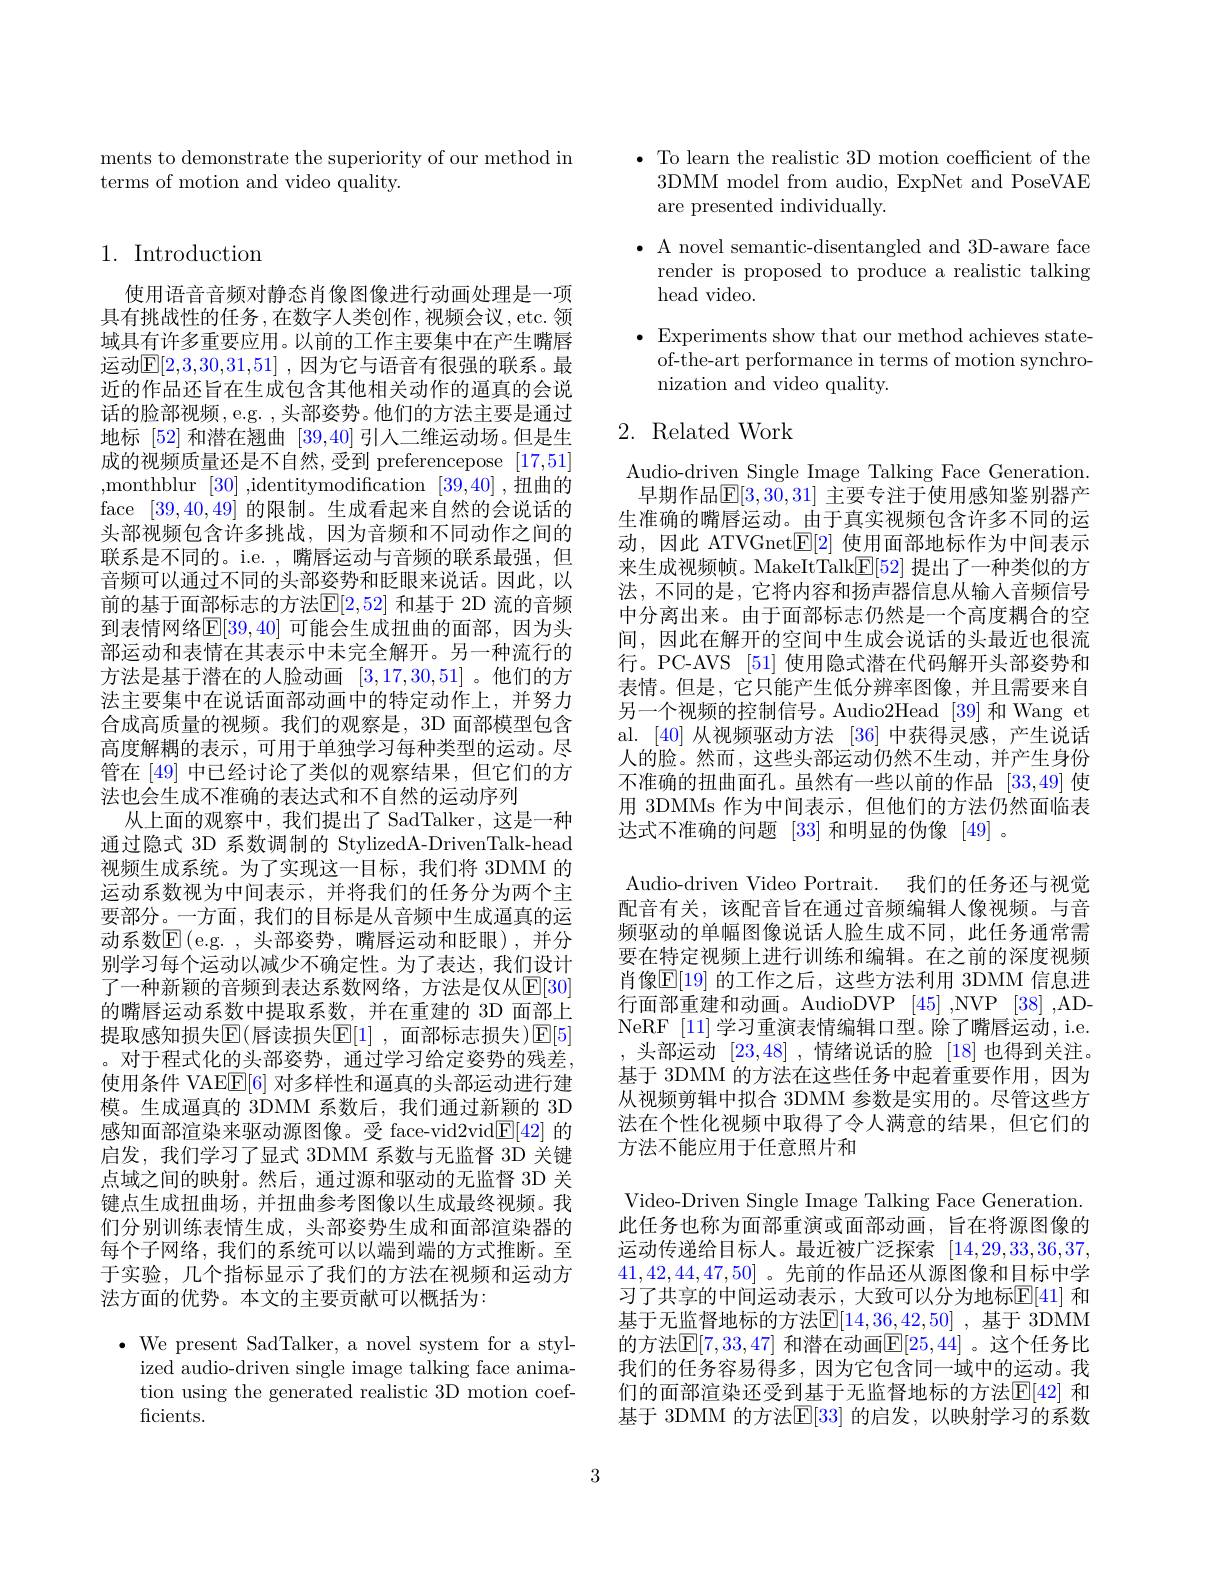
ments to demonstrate the superiority of our method in
terms of motion and video quality.

# 1. Introduction

使用语音音频对静态肖像图像进行动画处理是一项具有挑战性的任务，在数字人类创作，视频会议，etc.领域具有许多重要应用。以前的工作主要集中在产生嘴唇运动$\mathbb{E}[2,3,30,31,51]$ ,因为它与语音有很强的联系。最近的作品还旨在生成包含其他相关动作的逼真的会说话的脸部视频，e.g. ,头部姿势。他们的方法主要是通过地标[52]和潜在翘曲[39,40]引人二维运动场。但是生成的视频质量还是不自然，受到 preferencepose [17,51] ,monthblur [30],identitymodification [39,40],扭曲的face [39,40,49]的限制。生成看起来自然的会说话的头部视频包含许多挑战，因为音频和不同动作之间的联系是不同的。i.e. ,嘴唇运动与音频的联系最强，但音频可以通过不同的头部姿势和眨眼来说话。因此，以前的基于面部标志的方法$\mathbb{E}[2,52]$ 和基于 2D 流的音频到表情网络$\mathbb{E}[39,40]$ 可能会生成扭曲的面部，因为头部运动和表情在其表示中未完全解开。另一种流行的方法是基于潜在的人脸动画[3,17,30,51] 。他们的方法主要集中在说话面部动画中的特定动作上，并努力合成高质量的视频。我们的观察是，3D 面部模型包含高度解耦的表示，可用于单独学习每种类型的运动。尽管在[49]中已经讨论了类似的观察结果，但它们的方法也会生成不准确的表达式和不自然的运动序列
从上面的观察中，我们提出了 SadTalker, 这是一种通过隐式 3D 系数调制的 StylizedA-DrivenTalk-head 视频生成系统。为了实现这一目标，我们将 3DMM 的运动系数视为中间表示，并将我们的任务分为两个主要部分。一方面，我们的目标是从音频中生成通真的运动系数$\mathbb{E}($e.g.,头部姿势，嘴唇运动和眨眼),并分别学习每个运动以减少不确定性。为了表达，我们设计了一种新颖的音频到表达系数网络，方法是仅从$\mathbb{E}[30]$ 的嘴唇运动系数中提取系数，并在重建的 3D 面部上提取感知损失$\operatorname{\overline{E}}($唇读损失$\operatorname{\overline{E}[1]}$, 面部标志损失 )$\operatorname{\overline{E}[5]}$ 。对于程式化的头部姿势，通过学习给定姿势的残差， 使用条件 VAEE[6] 对多样性和逼真的头部运动进行建模。生成逼真的 3DMM 系数后，我们通过新颖的 3D 感知面部渲染来驱动源图像。受 face-vid2vid$\underline{\mathrm{E}}[42]$的启发，我们学习了显式 3DMM 系数与无监督 3D 关键点域之间的映射。然后，通过源和驱动的无监督 3D 关键点生成扭曲场，并扭曲参考图像以生成最终视频。我们分别训练表情生成，头部姿势生成和面部渲染器的每个子网络，我们的系统可以以端到端的方式推断。至于实验，几个指标显示了我们的方法在视频和运动方法方面的优势。本文的主要贡献可以概括为：
$\bullet$ We present SadTalker, a novel system for a styl-

ized audio-driven single image talking face animation using the generated realistic 3D motion coefficients.

$\bullet$ To learn the realistic 3D motion coefficient of the
3DMM model from audio, ExpNet and PoseVAE
are presented individually.
$\bullet$ A novel semantic-disentangled and 3D-aware face
render is proposed to produce a realistic talking
head video.

$\bullet$ Experiments show that our method achieves state-
of-the-art performance in terms of motion synchro-
nization and video quality.

## 2. Related Work

Audio-driven Single Image Talking Face Generation. 早期作品$\mathbb{E}[3,30,31]$ 主要专注于使用感知鉴别器产
生准确的嘴唇运动。由于真实视频包含许多不同的运动，因此 ATVGnet$\mathbb{E}[2]$使用面部地标作为中间表示来生成视频帧。MakeItTalk$\mathbb{E}[52]$提出了一种类似的方法，不同的是，它将内容和扬声器信息从输入音频信号中分离出来。由于面部标志仍然是一个高度耦合的空间，因此在解开的空间中生成会说话的头最近也很流行。PC-AVS [51] 使用隐式潜在代码解开头部姿势和表情。但是，它只能产生低分辨率图像，并且需要来自另一个视频的控制信号。Audio2Head [39]和 Wang et al. [40]从视频驱动方法[36]中获得灵感，产生说话人的脸。然而，这些头部运动仍然不生动，并产生身份不准确的扭曲面孔。虽然有一些以前的作品 [33,49] 使用 3DMMs 作为中间表示，但他们的方法仍然面临表达式不准确的问题[33]和明显的伪像 [49] 。
Audio-driven Video Portrait. 我们的任务还与视觉配音有关，该配音旨在通过音频编辑人像视频。与音频驱动的单幅图像说话人脸生成不同，此任务通常需要在特定视频上进行训练和编辑。在之前的深度视频肖像$\mathbb{E}[19]$ 的工作之后，这些方法利用 3DMM 信息进行面部重建和动画。AudioDVP [45] ,NVP [38] ,ADNeRF [11]学习重演表情编辑口型。除了嘴唇运动，i.e.
头部运动[23,48] ,情绪说话的脸[18]也得到关注。基于 3DMM 的方法在这些任务中起着重要作用，因为从视频剪辑中拟合 3DMM 参数是实用的。尽管这些方法在个性化视频中取得了令人满意的结果，但它们的方法不能应用于任意照片和
Video-Driven Single Image Talking Face Generation. 此任务也称为面部重演或面部动画，旨在将源图像的运动传递给目标人。最近被广泛探索[14,29,33,36,37, 41,42,44,47,50] 。先前的作品还从源图像和目标中学习了共享的中间运动表示，大致可以分为地标$\mathbb{E}[41]$ 和基于无监督地标的方法$\boxed{\mathrm{E}}[14,36,42,50]$ ,基于 3DMM 的方法$\mathbb{E}[7,33,47]$ 和潜在动画$\mathbb{E}[25,44]$ 。这个任务比我们的任务容易得多，因为它包含同一域中的运动。我们的面部渲染还受到基于无监督地标的方法$\mathbb{E}[42]$ 和基于 3DMM 的方法$\mathbb{E}[33]$ 的启发，以映射学习的系数

3